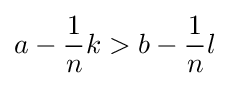
a-{\frac {1}{n}}k>b-{\frac {1}{n}}l